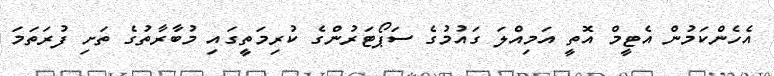
އެހެންކަމުން އެޓީމް އޮތީ އަމިއްލަ ގައުމުގެ ސަޕޯޓަރުންގެ ކުރިމަތީގައި މުބާރާތުގެ ތަށި ފުރަތަމަ